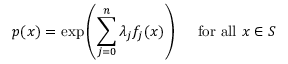
p ( x ) = \exp \left( \sum _ { j = 0 } ^ { n } \lambda _ { j } f _ { j } ( x ) \right) \quad { \mathrm { ~ f o r ~ a l l ~ } } x \in S